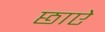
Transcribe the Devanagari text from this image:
छाऐ